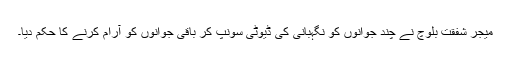
میجر شفقت بلوچ نے چند جوانوں کو نگہبانی کی ڈیوٹی سونپ کر باقی جوانوں کو آرام کرنے کا حکم دیا۔